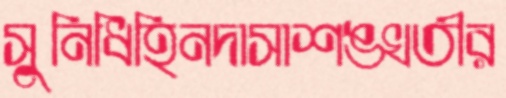
সুনিধিহিনদাসাশঙ্খতীর